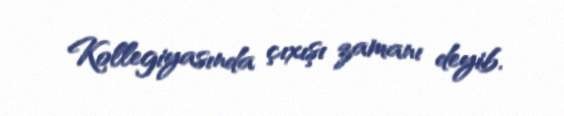
Kollegiyasında çıxışı zamanı deyib.